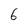
Character: 6